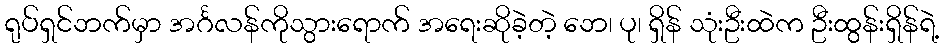
ရုပ်ရှင်ဘက်မှာ အင်္ဂလန်ကိုသွားရောက် အရေးဆိုခဲ့တဲ့ ဘေ၊ ပု၊ ရှိန် သုံးဦးထဲက ဦးထွန်းရှိန်ရဲ့